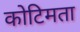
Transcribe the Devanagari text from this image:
कोटिमता